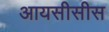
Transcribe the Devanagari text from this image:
आयसीसीस